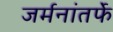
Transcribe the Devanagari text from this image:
जर्मनांतर्फे